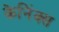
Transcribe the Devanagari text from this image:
केनिंक्स